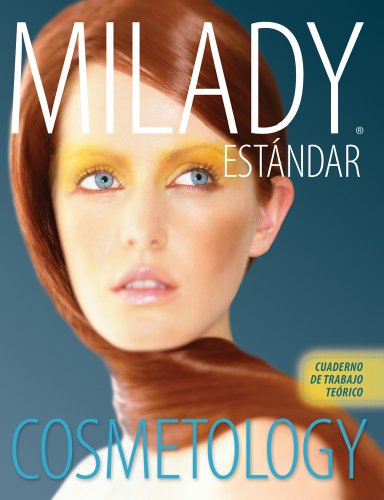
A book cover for Spanish Translated Theory Workbook for Milady Standard Cosmetology 2012 (Cosmetologia Estandar De Milady); Milady; Business & Money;